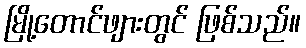
မြို့တောင်ဖျားတွင် ဖြစ်သည်။